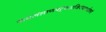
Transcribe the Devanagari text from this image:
कंबलंशाणपट्टंचअजिनंचतथोत्तरं